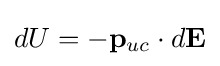
dU=-\mathbf {p} _{uc}\cdot d\mathbf {E}